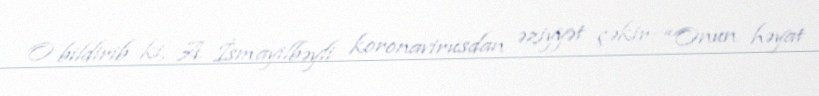
O bildirib ki, A. İsmayılbəyli koronavirusdan əziyyət çəkir: “Onun həyat